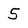
Character: 5